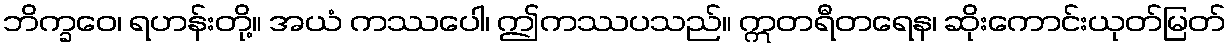
ဘိက္ခဝေ၊ ရဟန်းတို့။ အယံ ကဿပေါ၊ ဤကဿပသည်။ ဣတရီတရေန၊ ဆိုးကောင်းယုတ်မြတ်